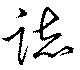
誌